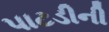
પાટડીની